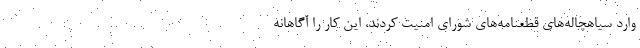
وارد سیاهچاله‌های قطعنامه‌های شورای امنیت کردند، این کار را آگاهانه